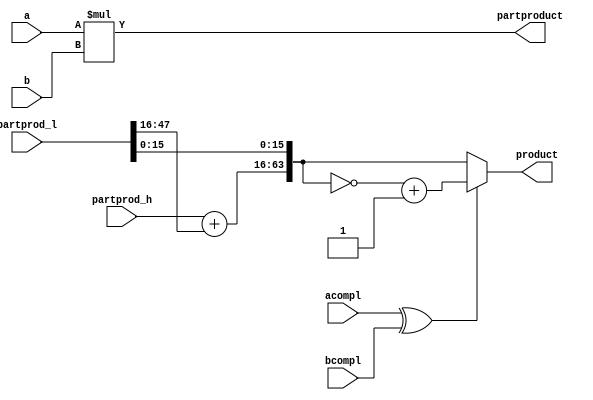
/*------------------------------------------------------------------------------

Purpose

  One stage of multicycle multiplication.

------------------------------------------------------------------------------*/
module mips_mult  (
                  input         acompl,
                  input         bcompl,

                  input[15:0]   a,
                  input[31:0]   b,
                  input[47:0]   partprod_h,
                  input[47:0]   partprod_l,

                  output[47:0]  partproduct,
                  output[63:0]  product
                  );




  wire[47:0] partprod_hl;




  assign partproduct= a*b;
  assign partprod_hl= partprod_h+partprod_l[47:16];
  assign product= (acompl^bcompl) ? ~{partprod_hl,partprod_l[15:0]}+64'd1 :
                  {partprod_hl,partprod_l[15:0]};




endmodule